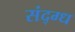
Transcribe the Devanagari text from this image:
संद्ग्ध